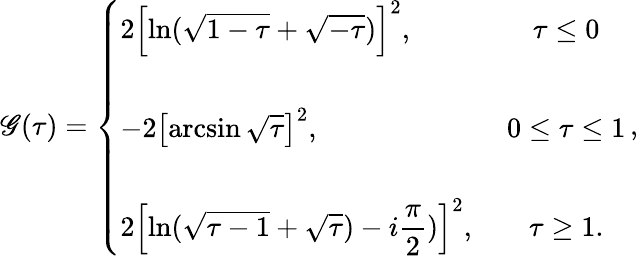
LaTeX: \displaystyle{\mathscr{G}(\tau)=\left\{ \begin{array}{lc}{{2\left[\ln(\sqrt{1-\tau}+\sqrt{-\tau})\right]^{2},}}&{{~\tau\leq 0}}\\ {{}}&{{}}\\ {{-2\left[\arcsin\sqrt{\tau}\right]^{2},}}&{{~0\leq\tau\leq 1}}\\ {{}}&{{}}\\ {{2\left[\ln(\sqrt{\tau-1}+\sqrt{\tau})-i\displaystyle\frac{\pi}{2})\right]^{2},}}&{{~\tau\geq 1.}}\end{array}\right.\, ,}